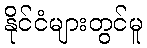
နိုင်ငံများတွင်မူ